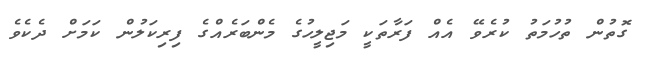
ގޮތުން ތުހުމަތު ކުރެވޭ އެއް ފަރާތަކީ މަޖިލީހުގެ މެންބަރެއްގެ ފިރިކަލުން ކަމަށް ދެކެވެ